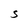
Character: S